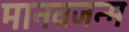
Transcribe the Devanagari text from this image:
मानवजन्म